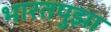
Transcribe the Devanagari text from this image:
भारतपुझा